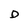
Character: D